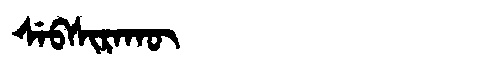
Manchu: ᠰᡝᠪᠰᡳᡵᠠᡴᡡ
Romanization: SEBSIRAKŪ